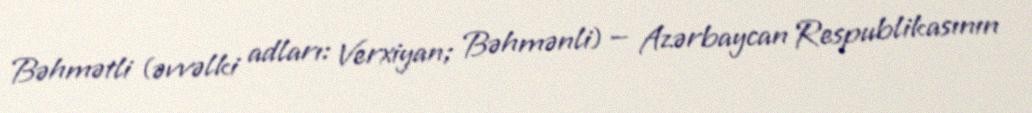
Bəhmətli (əvvəlki adları: Verxiyan; Bəhmənli) — Azərbaycan Respublikasının